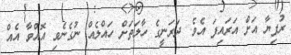
ރުފިޔާ އަށް އަރައިފަ އެވެ. ދަރަނީގެ ހާލަތަށް ހައްލެއް ނުގެނެވި އޮއްވާ އެއް